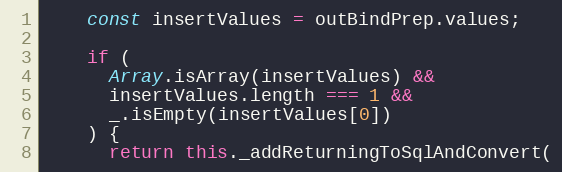
Language: JavaScript
    const insertValues = outBindPrep.values;

    if (
      Array.isArray(insertValues) &&
      insertValues.length === 1 &&
      _.isEmpty(insertValues[0])
    ) {
      return this._addReturningToSqlAndConvert(